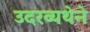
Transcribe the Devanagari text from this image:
उदरव्यथेने